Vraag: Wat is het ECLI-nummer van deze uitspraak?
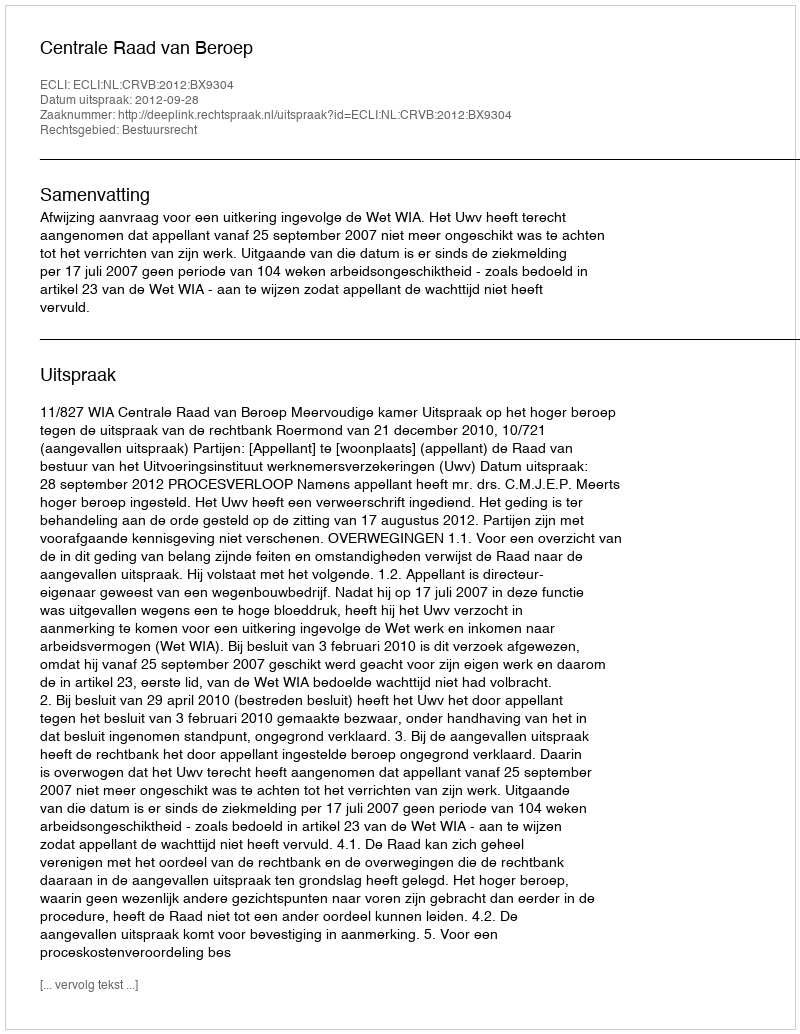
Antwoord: ECLI:NL:CRVB:2012:BX9304